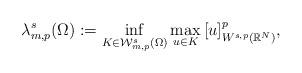
LaTeX: \begin{align*}\lambda^{s}_{m,p}(\Omega):=\inf_{K\in\mathcal W^{s}_{m,p}(\Omega)}\max_{u\in K}\, [u]^p_{W^{s,p}(\mathbb{R}^N)},\end{align*}